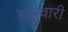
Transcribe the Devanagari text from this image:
ब्राहृचारी